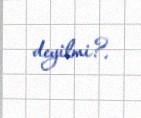
deyilmi?.